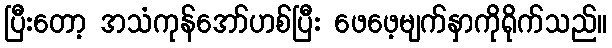
ပြီးတော့ အသံကုန်အော်ဟစ်ပြီး ဖေဖေ့မျက်နှာကိုရိုက်သည်။